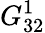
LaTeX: G_{32}^{1}